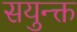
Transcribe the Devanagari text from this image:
सयुन्क्त